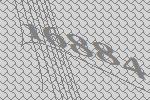
16884